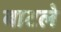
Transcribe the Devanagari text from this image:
बाटले